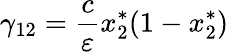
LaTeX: \gamma_{12}=\frac{c}{\varepsilon}x_{2}^{*}(1-x_{2}^{*})